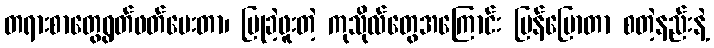
တရားစာတွေရွတ်ဖတ်ပေးတာ၊ ပြုခဲ့ဖူးတဲ့ ကုသိုလ်တွေအကြောင်း ပြန်ပြောတာ စတဲ့နည်းနဲ့